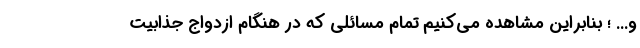
و... ؛ بنابراین مشاهده می‌کنیم تمام مسائلی که در هنگام ازدواج جذابیت